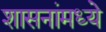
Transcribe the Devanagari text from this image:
शासनांमध्ये